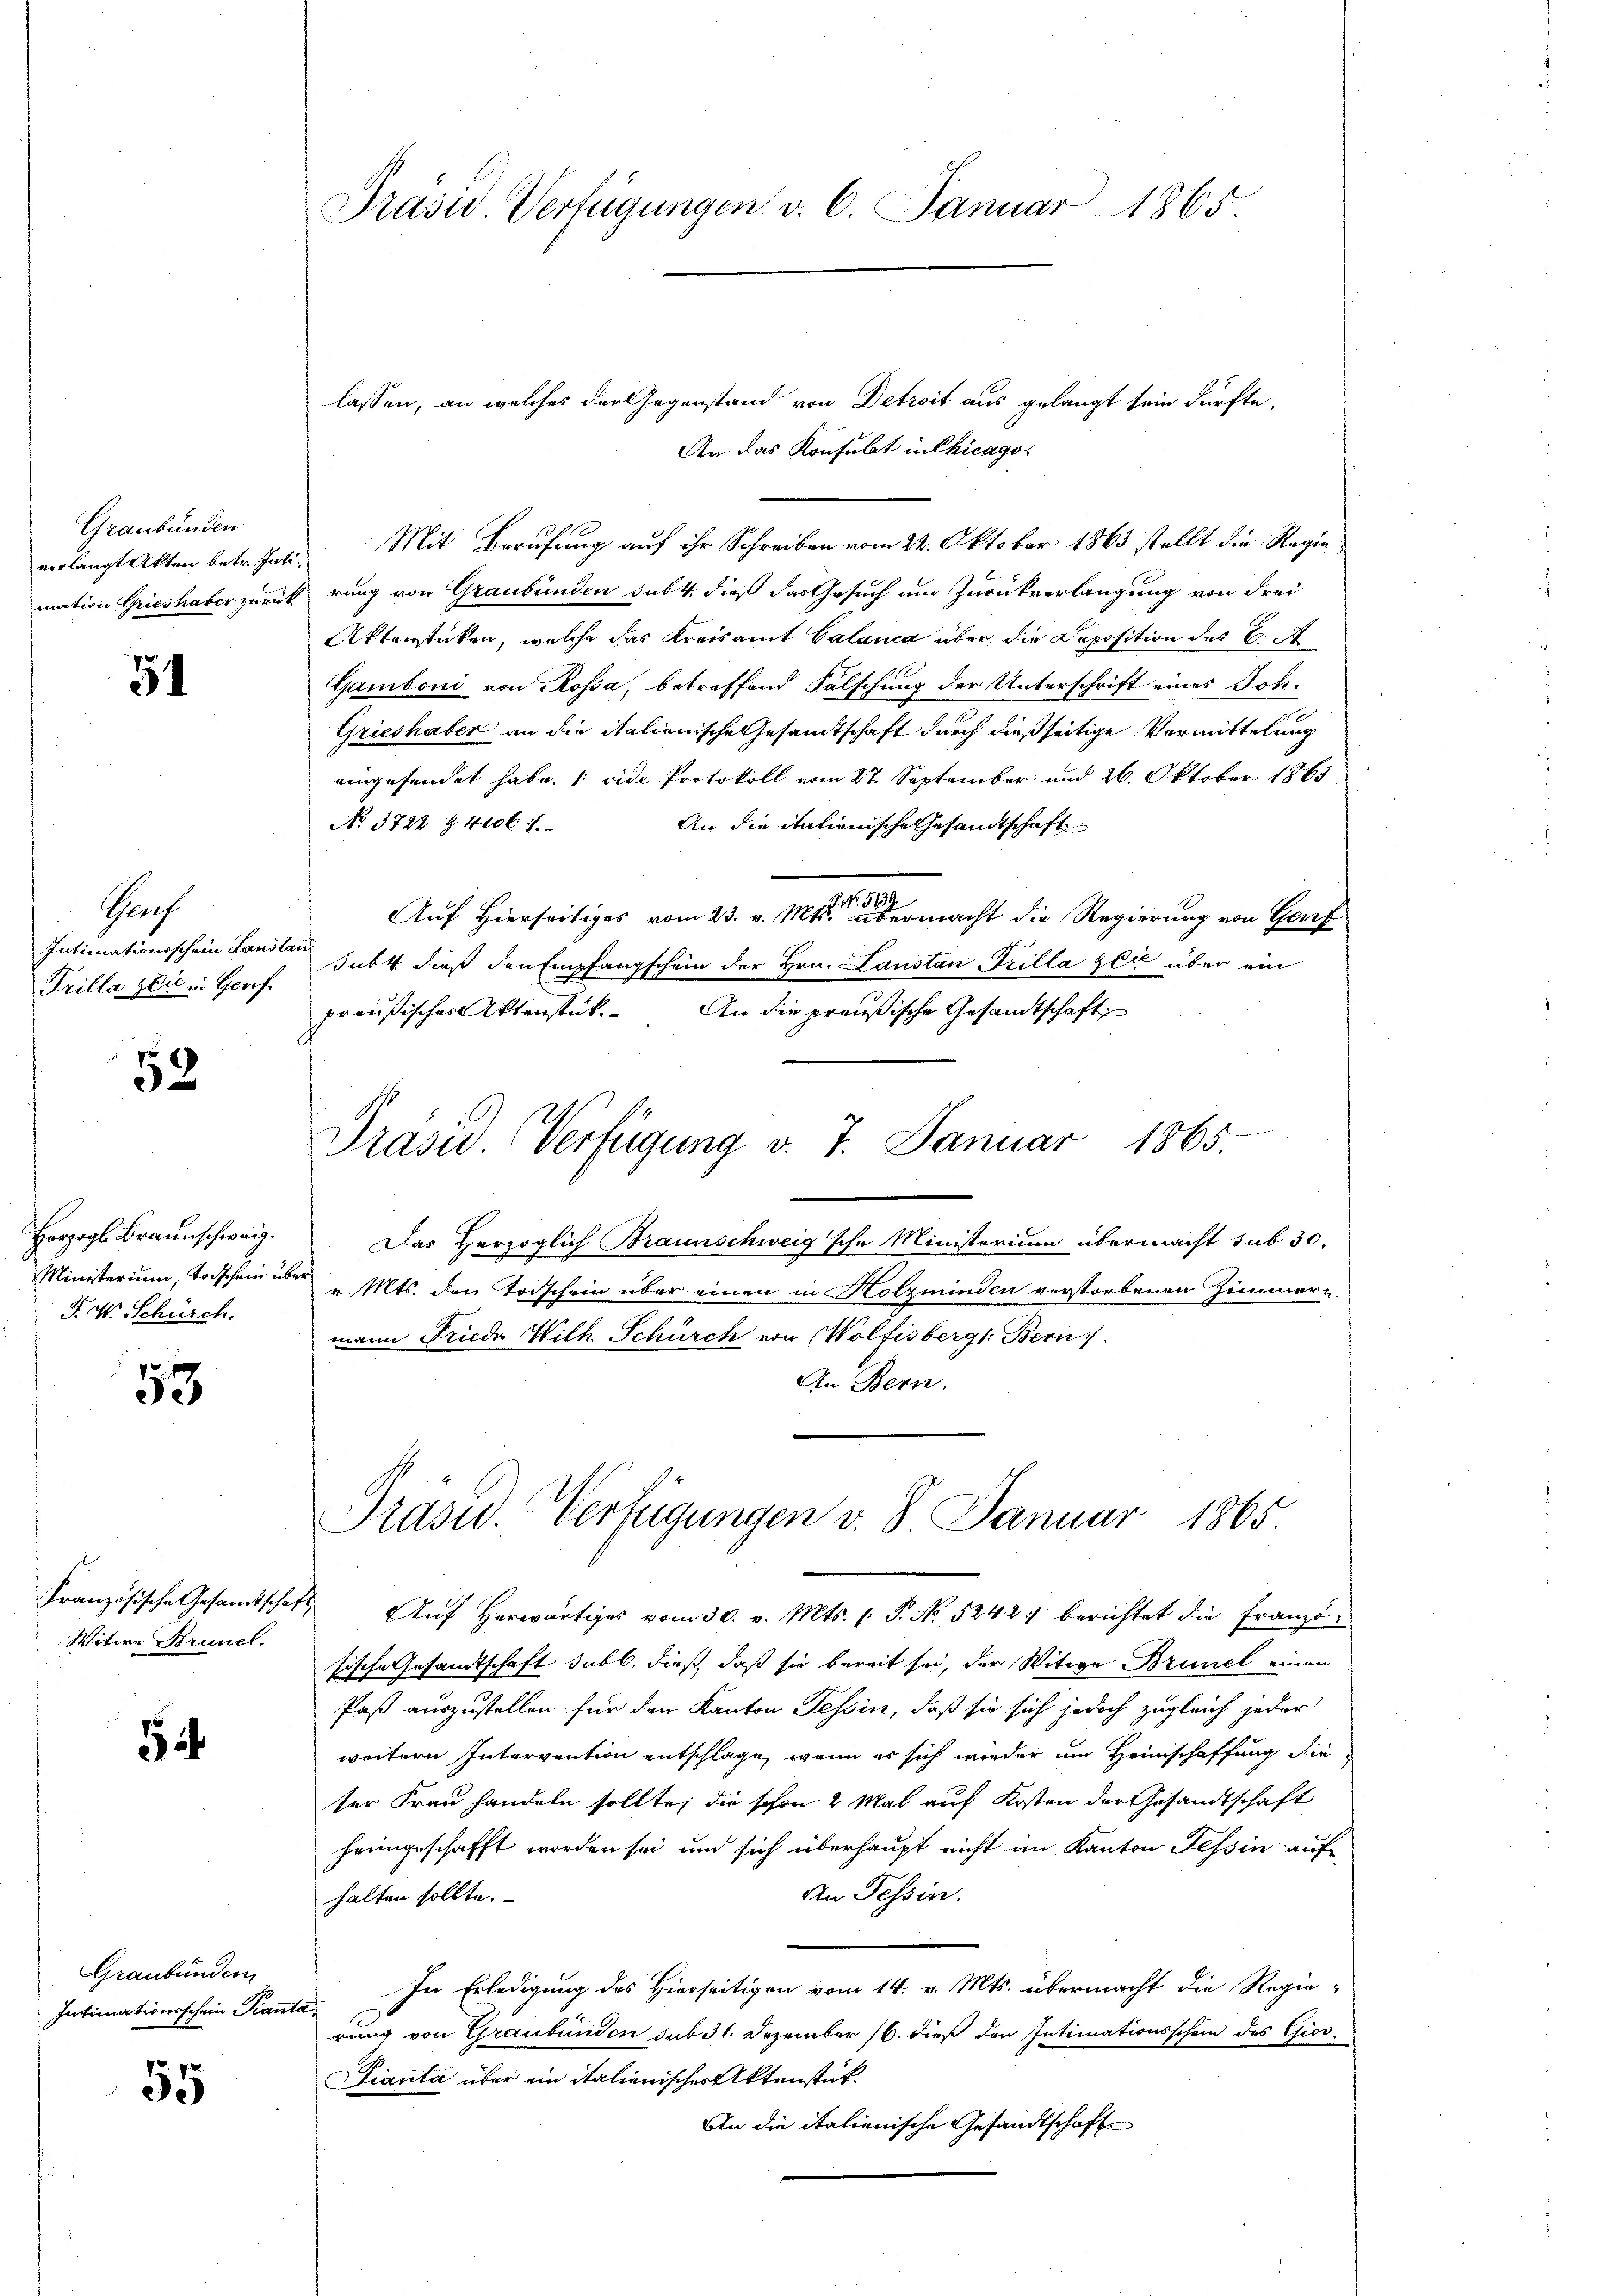
Graubünden

51

Prof
Intimationsschein Laust
Trilla die in Genf.

52

Horzogl. Braunschweiz.
Ministerium, Torschein und
P. V. Schürch.

53

Witwe Brunel.

5

Graubünden
Intimationsschein Pianta

55

Präsid. Verfügungen v. 6. Januar 1865.

lassen, an welches der Gegenstand von Detroit aus gelangt sein dürfte.
An das Konsulat in Chicago
mation Grieshaber zurück rung von Graubünden sub. 4 dieß das Gesuch am Zurückverlangung von Frei
Aktenstücken, welche das Kreisamt Calanca über die Deposition des C.
Gamboni von Rossa, betreffend Falschung der Unterschrift eines Joh.
Grieshaber an die italienische Gesamtschaft durch dießseitige Vermittelung
eingesendet habe. (vide Protokoll vom 27. September und 26. Oktober 1865
No. 3722 & 400 f 1
An die italienische Gesandtschaft
Auf Hierseitiges vom 23. v. Mts. untermacht die Regierung von Genf
dres
Jubt dieß den Empfangschein der Hrn. Laustan Guilla zu über ein
preußischer Aktenstück.
An die preußische Gesandtschaft
e
Präsid. Verfügung v. 7. Januar 1865.
Das Herzoglich Braunschweig'sche Ministerium übermacht sub 30.
ber
v. Mts. den Todschein über einen in Holzminden verstorbenen Zimmern
mann Friede Wilh. Schürch von Wolfisbergs Bern.
An Bern.

verlangt Akten betrente Mit Berufung auf ihr Schreiben vom 22. Oktober 1863 stellt die Regie¬

Französische Gesamtschaft. Aŭf herwärtiges vom 30. v. Mts. 1. P. No. 5242) berichtet die Franzö-
sische Gesandtschaft sub. dieß, daß sie bereit sei, der Witwe Brunel einen
Paß auszustellen für den Kanton Tessin, daß sie sich jedoch zugleich jeder
weitern Intervention entschlage, wenn es sich wieder um Heimschaffung die
ter Frau handeln sollte; die schon 2 Mal auf Kosten der Gesandtschaft
heimgeschafft worden sei und sich überhaupt nicht im Kanton Tessin auf
An Tessin.
halten sollte.
In Erledigung des Hierseitigen vom 14. v. Mts. übermacht die Regie-
rung von Graubünden sub 31. Dezember 16. dieß den Intimationsschein des Gior¬
Fianta über ein italienisches Aktenstük¬
An die italienische Gesandtschaft

Präsid. Verfügungen v. 8. Januar 1865.